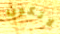
لاتكون